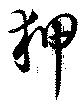
押